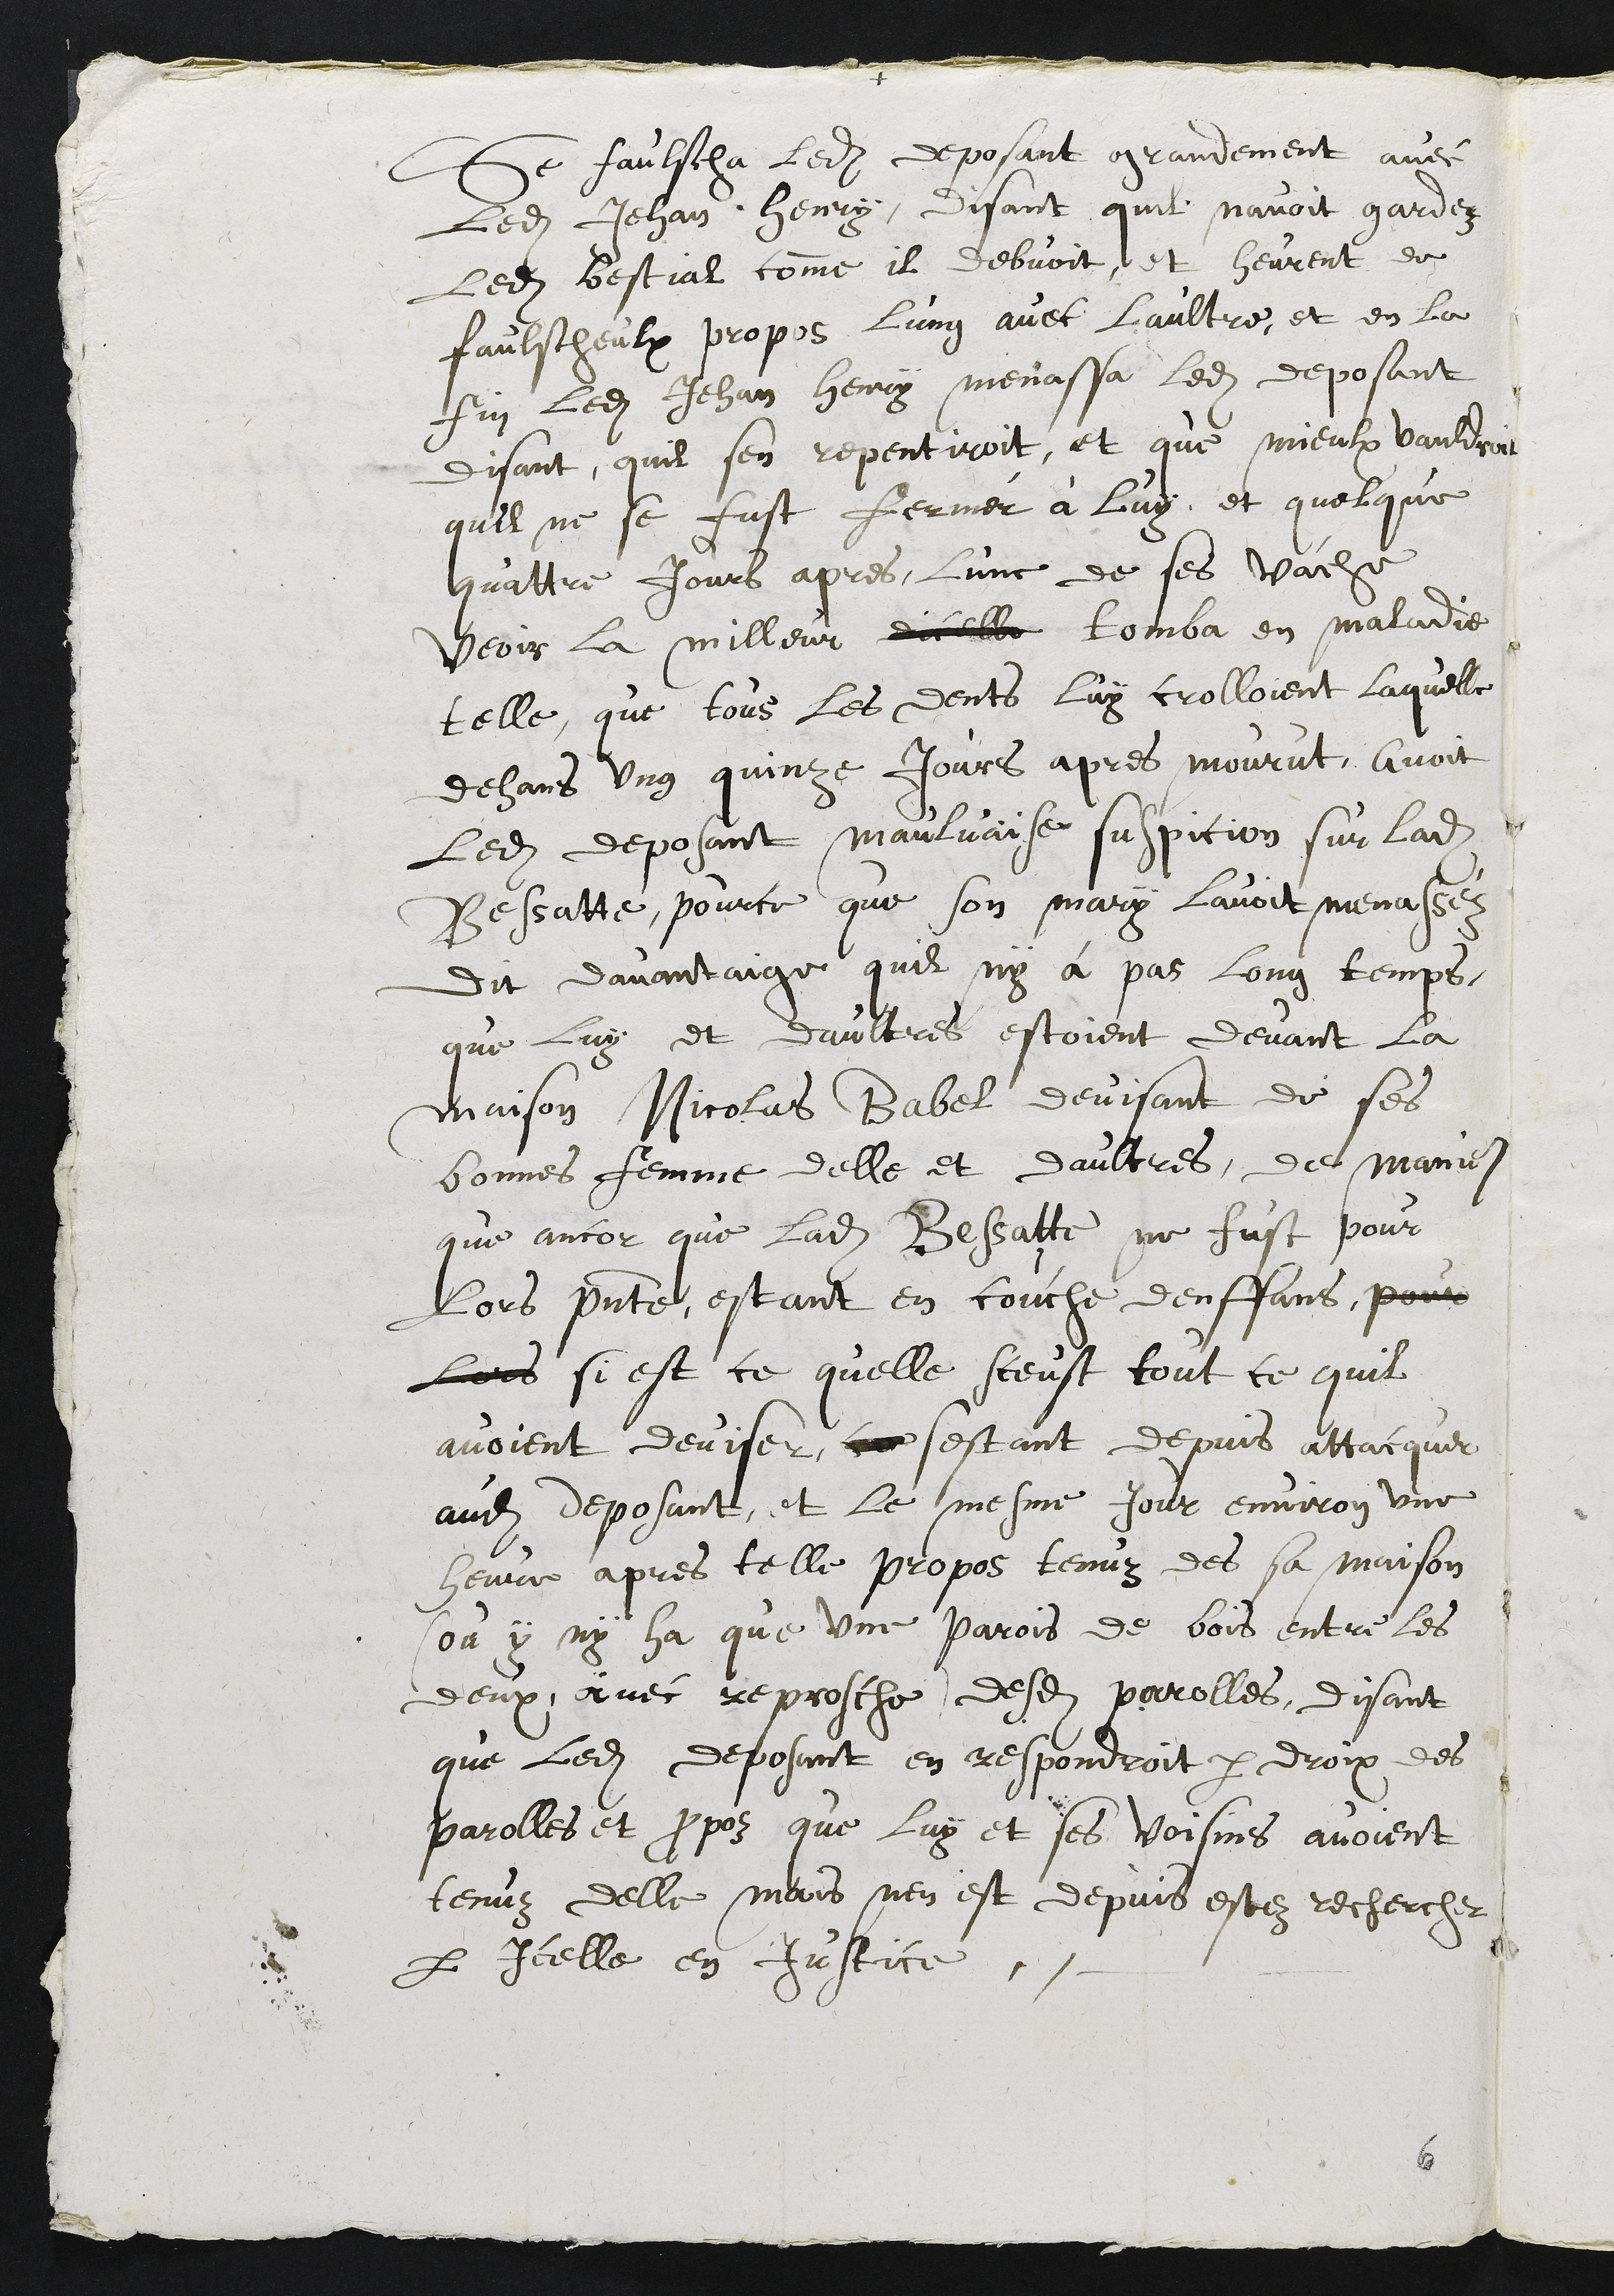
Se fâcha ledit déposant grandement avec
ledit Jean Henri, disant qu'il n'avai-t gardé
ledit bétail comme il devait. Et eurent de
fâcheux propos l'un avec l'autre. Et en la
fin, ledit Jean Henri menaça ledit déposant,
disant qu'il s'en repB n-tirait, et que mieux vaudrait
qu'il ne se fu-t fermé à lui. Et quelques
quatre jours après, l'une de ses vaches,
voire la meilleure, tomba en maladie
telle que toutes les dents lui croulaient, laquelle
en une quinzaine de jours après mourut. Avait
ledit déposant mauvaise suspicion sur ladite
Bessatte parce que son mari l'avait menacé.
Dit davantage qu'il n'y a pas longtemps
que lui et d'autres étaient devant la
maison de Nicolas Babel, devisant de ces
bonnes femmes, d'elle et d'autres, de manière
qu'encore que ladite Bessat-te ne fut pour
lors présente, étant en couche d'enfant,
si est ce qu'elle sut tout ce qu'ils
avaient devisé, s'étant depuis attaquée
audit déposant, et le même jour, environ une
heure après tels propos tenus dès sa maison
(où il n'y a qu'une paroi de bois entre les
deux), avec reproche desdites paroles, disant
que ledit déposant en répondrait par droit des
paroles et propos que lui et ses voisins avaient
tenus d'elle, mais n'en est depuis été recherché
par icells en justice.